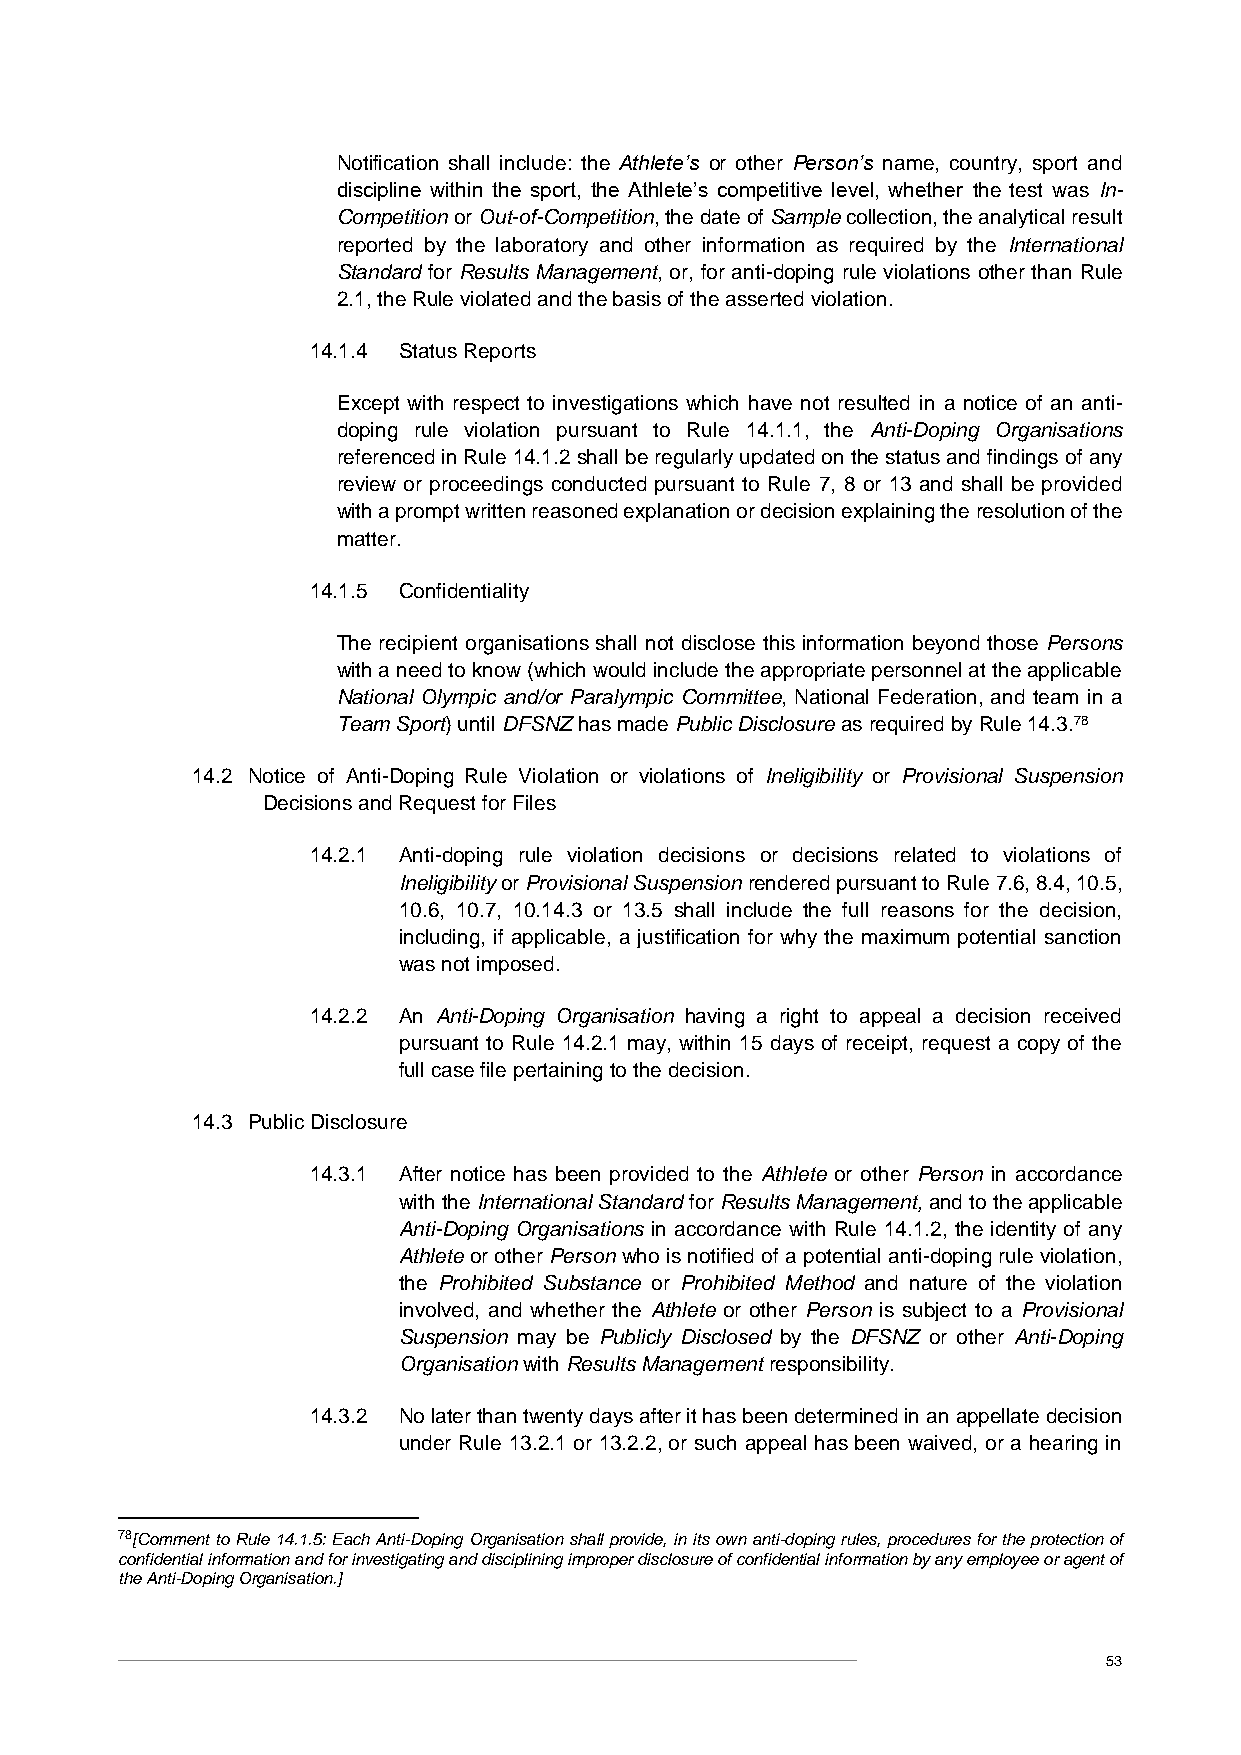
Notification shall include: the Athlete’s or other Person’s name, country, sport and
 discipline within the sport, the Athlete’s competitive level, whether the test was In-
 Competition or Out-of-Competition, the date of Sample collection, the analytical result
 reported by the laboratory and other information as required by the International
 Standard for Results Management, or, for anti-doping rule violations other than Rule
 2.1, the Rule violated and the basis of the asserted violation.
 14.1.4 Status Reports
 Except with respect to investigations which have not resulted in a notice of an anti-
 doping rule violation pursuant to Rule 14.1.1, the Anti-Doping Organisations
 referenced in Rule 14.1.2 shall be regularly updated on the status and findings of any
 review or proceedings conducted pursuant to Rule 7, 8 or 13 and shall be provided
 with a prompt written reasoned explanation or decision explaining the resolution of the
 matter.
 14.1.5 Confidentiality
 The recipient organisations shall not disclose this information beyond those Persons
 with a need to know (which would include the appropriate personnel at the applicable
 National Olympic and/or Paralympic Committee, National Federation, and team in a
 Team Sport) until DFSNZ has made Public Disclosure as required by Rule 14.3.78
 14.2 Notice of Anti-Doping Rule Violation or violations of Ineligibility or Provisional Suspension
 Decisions and Request for Files
 14.2.1 Anti-doping rule violation decisions or decisions related to violations of
 Ineligibility or Provisional Suspension rendered pursuant to Rule 7.6, 8.4, 10.5,
 10.6, 10.7, 10.14.3 or 13.5 shall include the full reasons for the decision,
 including, if applicable, a justification for why the maximum potential sanction
 was not imposed.
 14.2.2 An Anti-Doping Organisation having a right to appeal a decision received
 pursuant to Rule 14.2.1 may, within 15 days of receipt, request a copy of the
 full case file pertaining to the decision.
 14.3 Public Disclosure
 14.3.1 After notice has been provided to the Athlete or other Person in accordance
 with the International Standard for Results Management, and to the applicable
 Anti-Doping Organisations in accordance with Rule 14.1.2, the identity of any
 Athlete or other Person who is notified of a potential anti-doping rule violation,
 the Prohibited Substance or Prohibited Method and nature of the violation
 involved, and whether the Athlete or other Person is subject to a Provisional
 Suspension may be Publicly Disclosed by the DFSNZ or other Anti-Doping
 Organisation with Results Management responsibility.
 14.3.2 No later than twenty days after it has been determined in an appellate decision
 under Rule 13.2.1 or 13.2.2, or such appeal has been waived, or a hearing in
 78[Comment to Rule 14.1.5: Each Anti-Doping Organisation shall provide, in its own anti-doping rules, procedures for the protection of
 confidential information and for investigating and disciplining improper disclosure of confidential information by any employee or agent of
 the Anti-Doping Organisation.]
 53